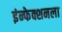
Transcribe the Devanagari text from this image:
इंन्फेक्शनला